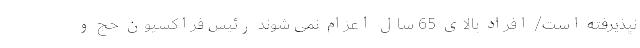
نپذیرفته است/ افراد بالای 65 سال اعزام نمی شوند رئیس فراکسیون حج و